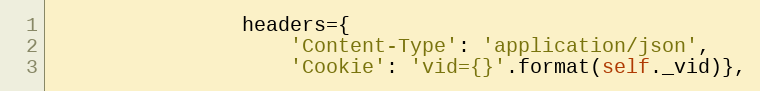
Language: Python
                headers={
                    'Content-Type': 'application/json',
                    'Cookie': 'vid={}'.format(self._vid)},